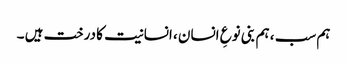
ہم سب ، ہم بنی نوعِ انسان ، انسانیت کا درخت ہیں ۔